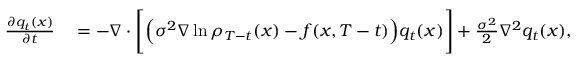
\begin{array} { r l } { \frac { \partial { q } _ { t } ( x ) } { \partial t } } & { { } = - \nabla \cdot \Bigg [ \Big ( \sigma ^ { 2 } \nabla \ln \rho _ { T - t } ( x ) - f ( x , T - t ) \Big ) { q } _ { t } ( x ) \Bigg ] + \frac { \sigma ^ { 2 } } { 2 } \nabla ^ { 2 } { q } _ { t } ( x ) , } \end{array}